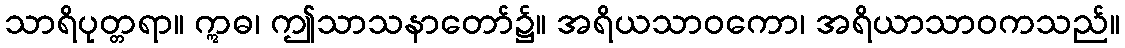
သာရိပုတ္တရာ။ ဣဓ၊ ဤသာသနာတော်၌။ အရိယသာဝကော၊ အရိယာသာဝကသည်။